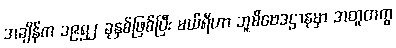
အချိန်က ၁၉၅၂ ခုနှစ်ဖြစ်ပြီး မယ်ရီဟာ ဘူမိဗေဒဌာနမှာ အတူတကွ